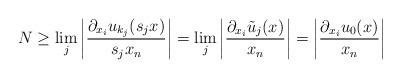
LaTeX: \begin{align*} N \ge \lim_j \bigg| \frac{\partial_{x_i} u_{k_j}(s_j x)}{s_j x_n}\bigg| = \lim_j \bigg| \frac{\partial_{x_i} \tilde u_j(x)}{x_n} \bigg| =\bigg|\frac{\partial_{x_i} u_0(x)}{x_n}\bigg|\end{align*}